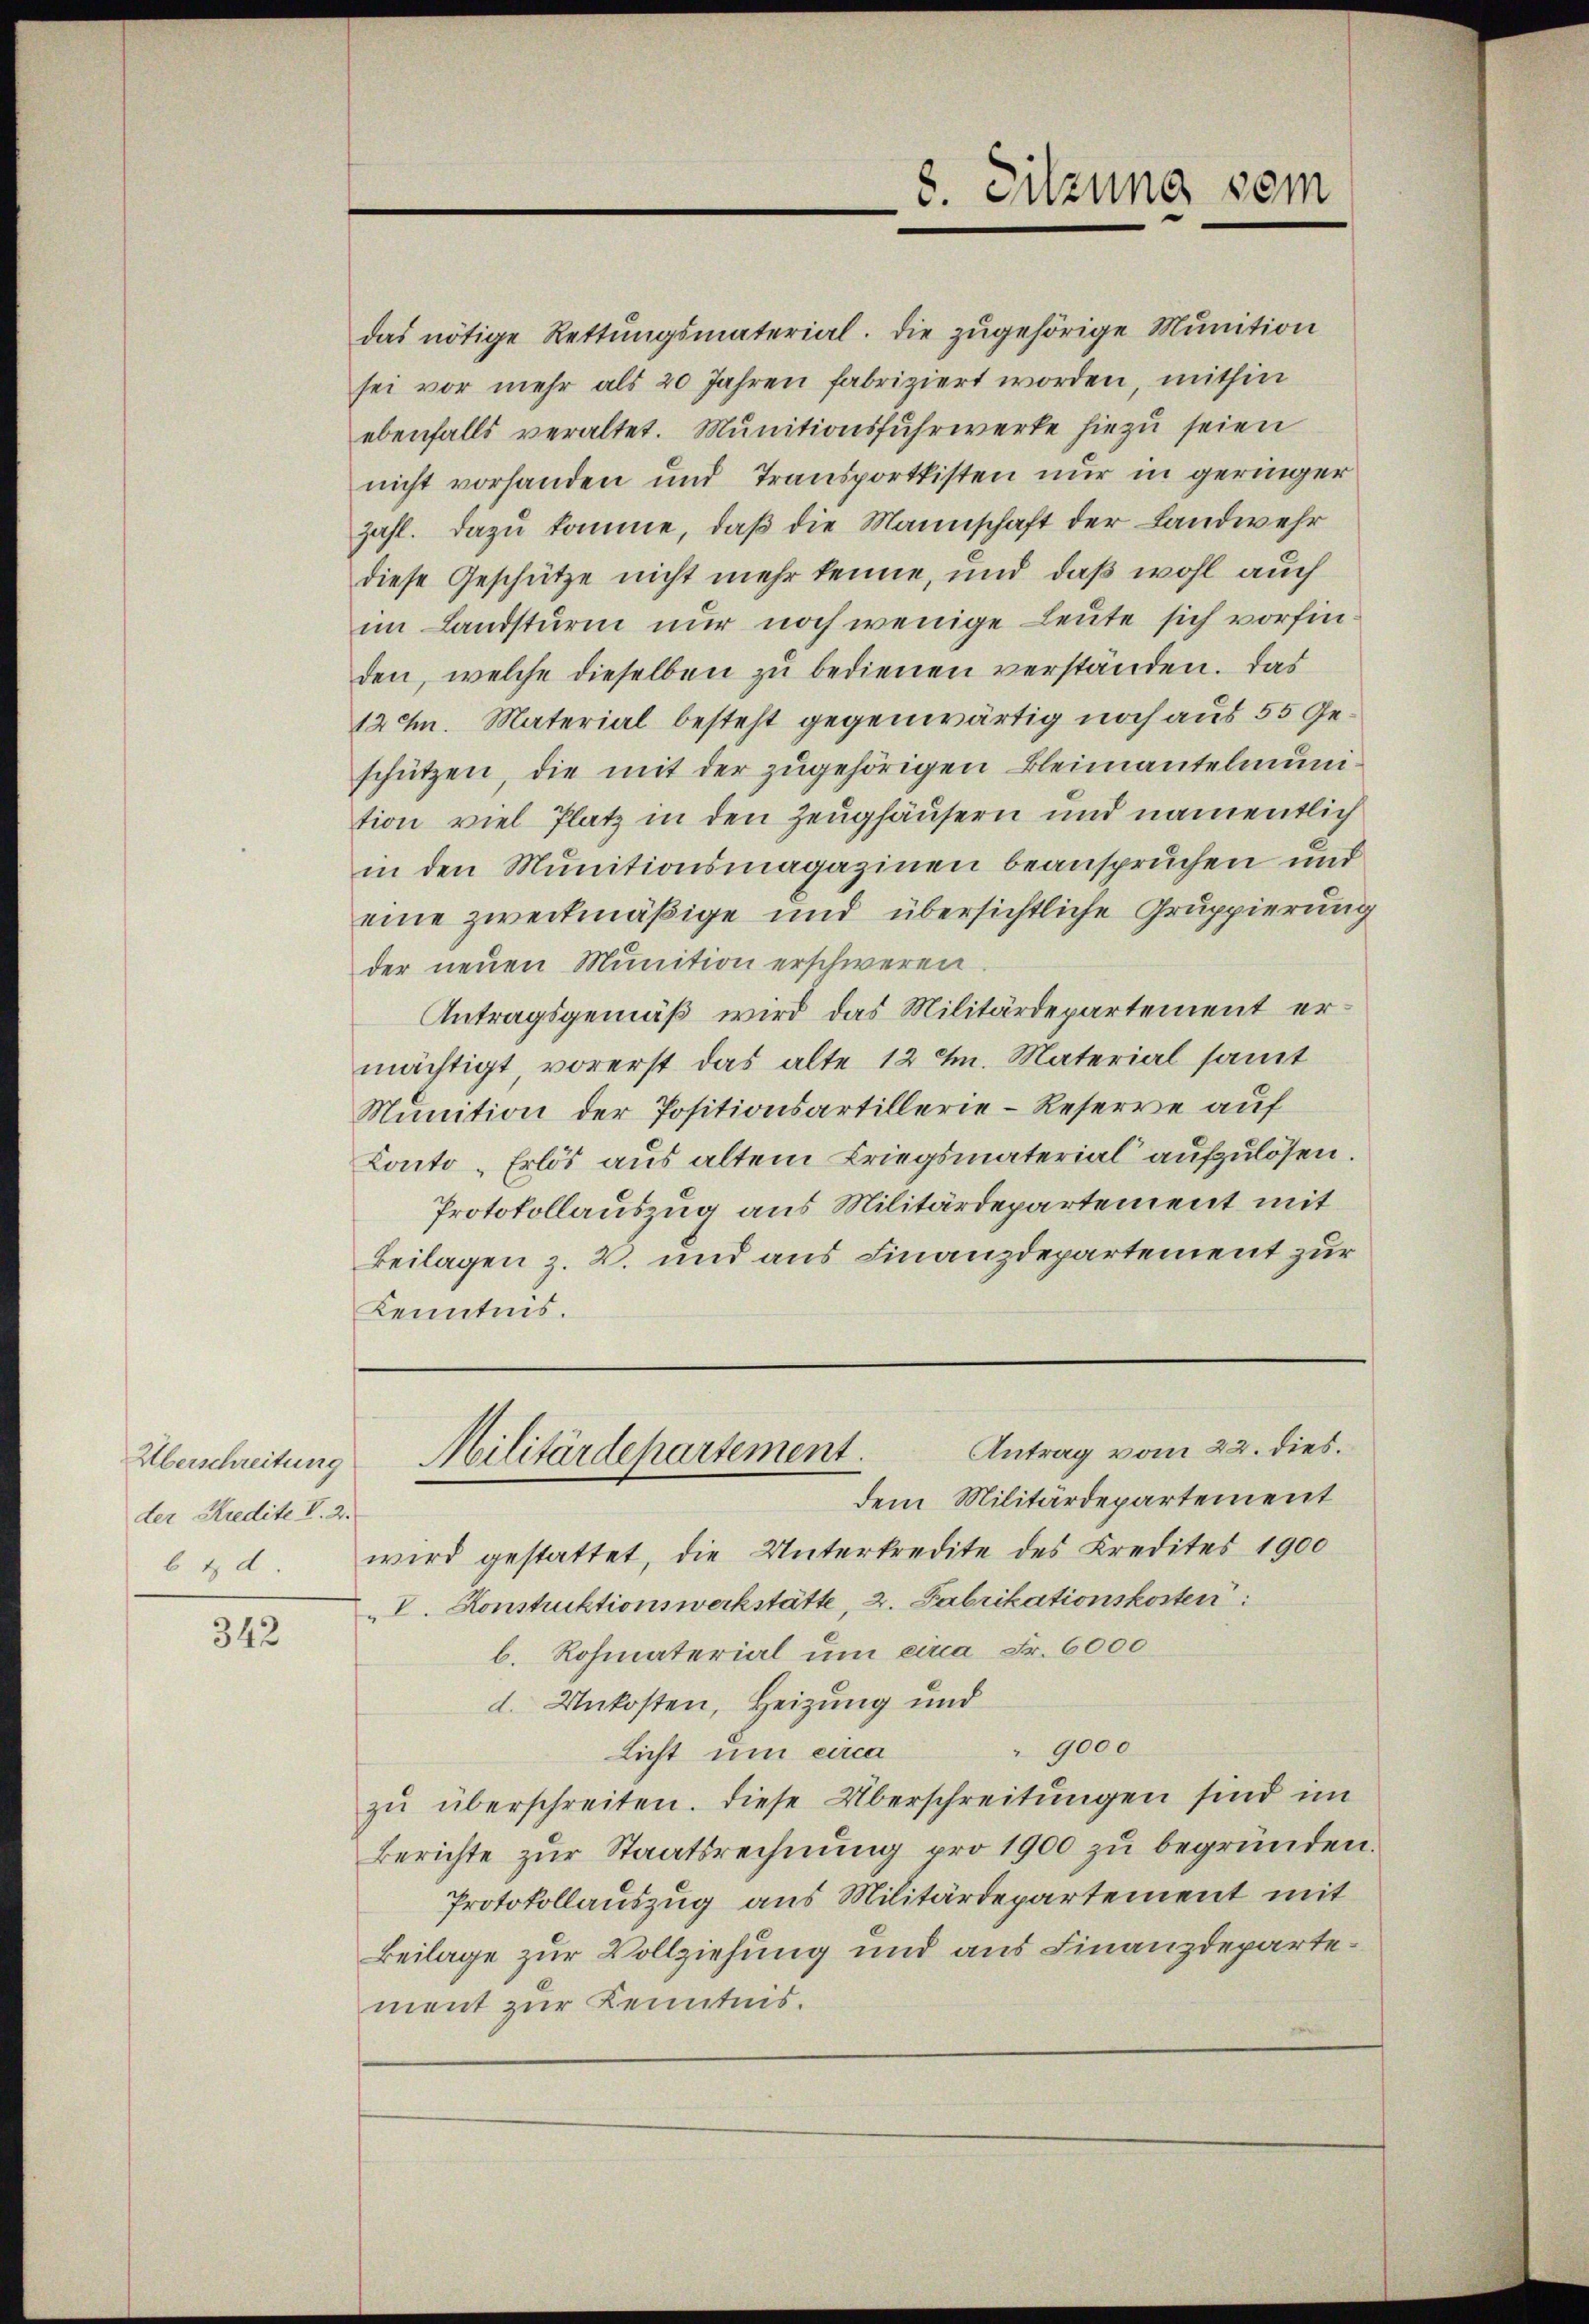
Überschreitung
der Kredite V. 2.
bt d

342

das nötige Rettŭngsmaterial. Die zŭgehörige Munition
sei vor mehr als 20 Jahren fabriziert worden, mithin
ebenfalls veraltet. Munitionsfuhrwerke hiezu seien
nicht vorhanden und Transportkisten nur in geringer
zahl. Dazu komme, daß die Mannschaft der Landwehr
diese Geschütze nicht mehr kenne, und daß wohl auch
im Landsturm nur noch wenige Leute sich vorfinden, welche dieselben zu bedienen verständen. Das
12 M. Material besteht gegenwärtig noch aus 55 Geschützen, die mit der zugehörigen Bleimantelmuntion viel Platz in den Zeughäusern und namentlich
in den Munitionsmagazinen beanspruchen und
eine zweckmäßige und übersichtliche Gruppierung
der neuen Munition erschweren.
Antragsgemäß wird das Militärdepartement ermächtigt vorerst das alte 12 M. Material samt
Munition der Positionsartillerie-Reserve auf
Conto-Erlös aus altem Kriegsmaterial aufzulösen.
Protokollauszug aus Militärdepartement mit
Beilagen z. B. und aus Finanzdepartement zur
Kenntnis.

wird gestattet, die Unterkredite des Kredites 1900
V. Konstruktionswerkstätte, 2. Fabrikationskosten
b. Rohmaterial um circa Fr. 6000
d. Unkosten, Heizung und
" 9000
Licht um circa
zŭ überschreiten. Diese Überschreitungen sind im
Berichte zur Staatsrechnung pro 1900 zu begründen.
Protokollauszug aus Militärdepartement mit
Beilage zur Vollziehung und aus Finanzdepartement zur Kenntnis.

8. Sitzung sein

Antrag vom 22. dies.
Militärdepartement.
dem Militärdepartement